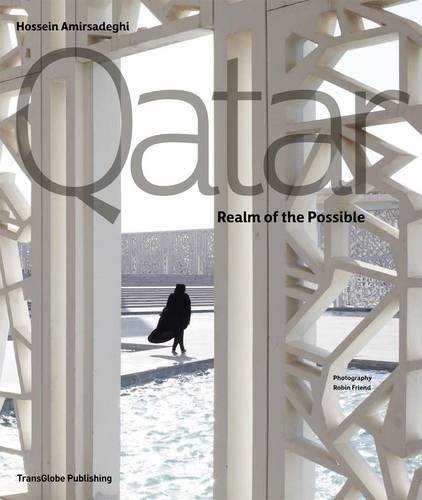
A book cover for Qatar: Realm of the Possible; Hossein Amirsadeghi; Travel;